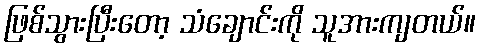
ဖြစ်သွားပြီးတော့ သံချောင်းကို သူအားကျတယ်။